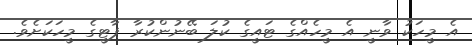
އެ މީހަކު ވާނީ އެ މީހެއްގެ ޓައީގެ ކުލަ ބޭނުންކުރާ ޕާޓީގެ މީހަކަށެވެ.